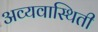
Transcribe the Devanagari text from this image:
अव्यवास्थिती